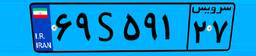
۶۹S۵۹۱۲۷